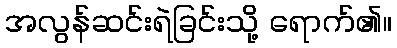
အလွန်ဆင်းရဲခြင်းသို့ ရောက်၏။